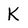
Character: K